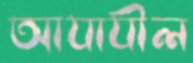
আযাযীল